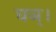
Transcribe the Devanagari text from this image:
घञ्।